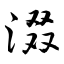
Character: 涰